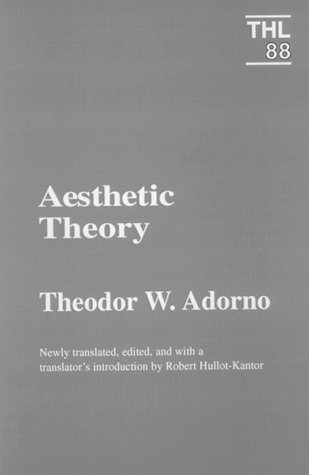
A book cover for Aesthetic Theory (Theory and History of Literature); Theodor W. Adorno; Politics & Social Sciences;